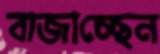
বাজাচ্ছেন